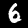
Label: 6